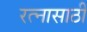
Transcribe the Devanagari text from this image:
रत्‍नासाठी